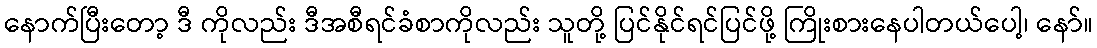
နောက်ပြီးတော့ ဒီ ကိုလည်း ဒီအစီရင်ခံစာကိုလည်း သူတို့ ပြင်နိုင်ရင်ပြင်ဖို့ ကြိုးစားနေပါတယ်ပေါ့၊ နော်။